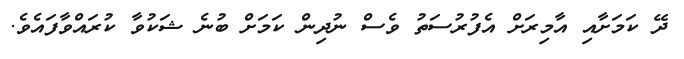
ދޭ ކަމަށާއި އާމިރަށް އެފުރުސަތު ވެސް ނުދިން ކަމަށް ބުނެ ޝަކުވާ ކުރައްވާފައެވެ.